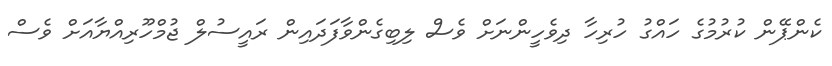
ކެންޕޭން ކުރުމުގެ ހައްގު ހުރިހާ ދިވެހީންނަށް ވެސް ލިބިގެންވާފަދައިން ރައީސުލް ޖުމްހޫރިއްޔާއަށް ވެސް